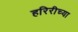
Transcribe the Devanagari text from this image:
हरिरीच्या